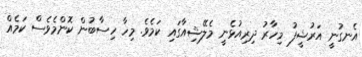
އެނގުނީ އަރުޝީފު މިހާރު ދިރިއުޅެނީ މެލޭޝިއާގައި ކަމެވެ. މިހާ ހިސާބުން ކޮންމެވެސް ކަމެއް